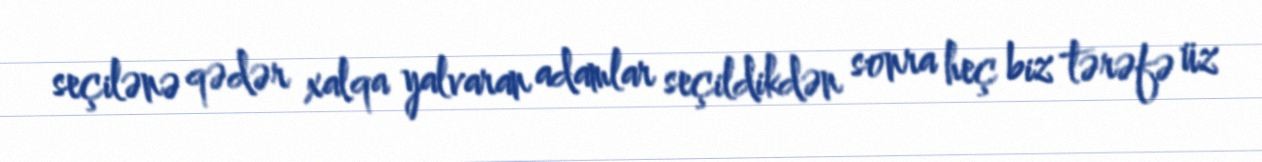
seçilənə qədər xalqa yalvaran adamlar seçildikdən sonra heç biz tərəfə üz